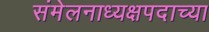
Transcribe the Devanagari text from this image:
संमेलनाध्यक्षपदाच्या